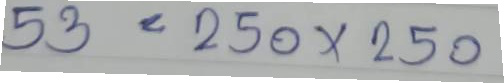
53 = 250 x 250